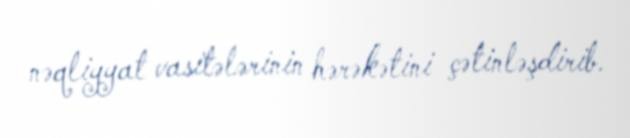
nəqliyyat vasitələrinin hərəkətini çətinləşdirib.